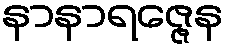
နာနာရဇ္ဇေန